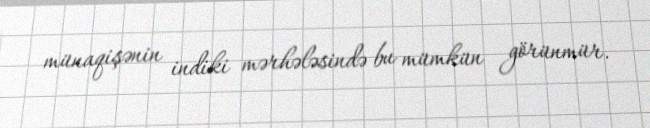
münaqişənin indiki mərhələsində bu mümkün görünmür.